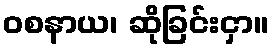
ဝစနာယ၊ ဆိုခြင်းငှာ။